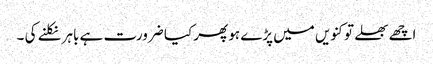
اچھے بھلے تو کنویں میں پڑے ہو پھر کیا ضرورت ہے باہر نکلنے کی ۔